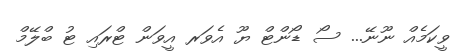
ވީކަމެއް ނޫނޭ... ސޯ ޑޯންޓް ޔޫ އެވަރ އީވަން ޓްރައި ޓު ބްލޭމް